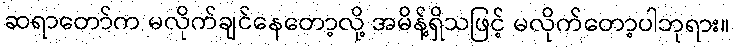
ဆရာတော်က မလိုက်ချင်နေတော့လို့ အမိန့်ရှိသဖြင့် မလိုက်တော့ပါဘုရား။